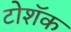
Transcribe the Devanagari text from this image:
टोशॅक